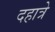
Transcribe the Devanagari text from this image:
दहात्रे